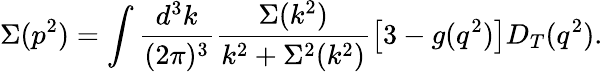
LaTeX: \Sigma(p^{2})=\int\frac{d^{3}k}{(2\pi)^{3}}\frac{\Sigma(k^{2})}{k^{2}+\Sigma^{2}(k^{2})}\left[3-g(q^{2})\right]D_{T}(q^{2}).